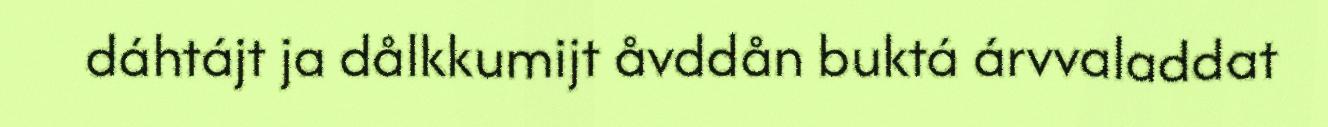
dáhtájt ja dålkkumijt åvddån buktá árvvaladdat